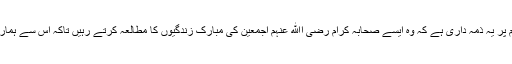
تمام امت محمدیہ صلی اﷲ علیہ وسلم پر یہ ذمہ داری ہے کہ وہ ایسے صحابہ کرام رضی اﷲ عنہم اجمعین کی مبارک زندگیوں کا مطالعہ کرتے رہیں تاکہ اس سے ہماری زندگیوں میں انقلاب پیدا ہوجائے۔